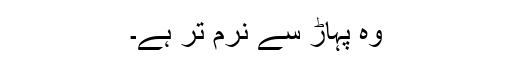
وہ پہاڑ سے نرم تر ہے۔